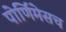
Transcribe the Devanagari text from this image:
पोर्णिमेसच